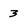
Character: 3